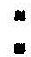
: